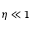
\eta \ll 1